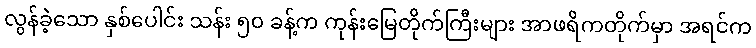
လွန်ခဲ့သော နှစ်ပေါင်း သန်း ၅၀ ခန့်က ကုန်းမြေတိုက်ကြီးများ အာဖရိကတိုက်မှာ အရင်က